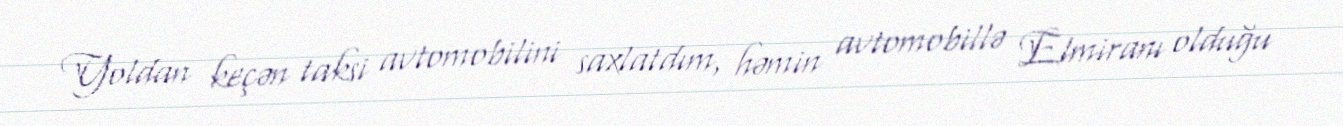
Yoldan keçən taksi avtomobilini saxlatdım, həmin avtomobillə Elmiranı olduğu